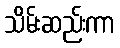
သိမ်းဆည်းကာ